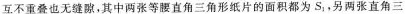
互不重叠也无缝隙，其中两张等腰直角三角形纸片的面积都为S_{1}，另两张直角三